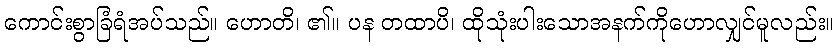
ကောင်းစွာခြံရံအပ်သည်။ ဟောတိ၊ ၏။ ပန တထာပိ၊ ထိုသုံးပါးသောအနက်ကိုဟောလျှင်မူလည်း။